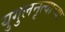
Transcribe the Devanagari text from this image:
युगुलनृत्याच्या